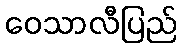
ဝေသာလီပြည်